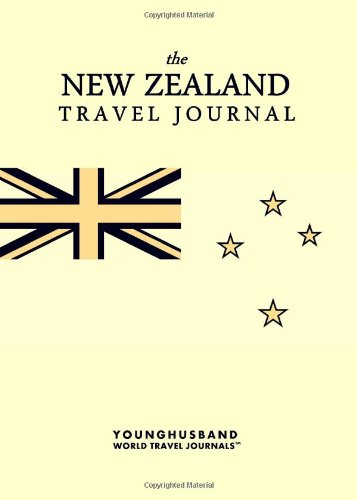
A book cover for The New Zealand Travel Journal; Younghusband World Travel Journals; Travel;